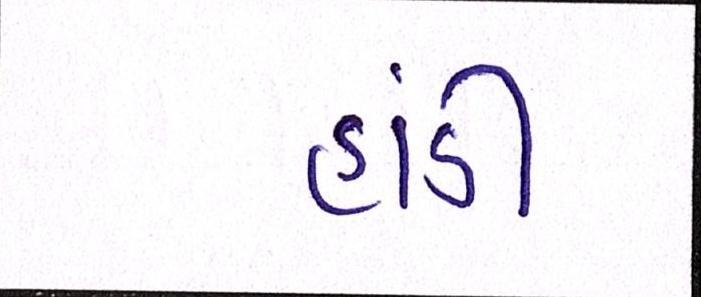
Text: હાંડી